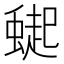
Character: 𮔸